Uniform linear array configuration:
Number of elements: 16
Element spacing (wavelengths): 1
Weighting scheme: cosine
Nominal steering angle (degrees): -60
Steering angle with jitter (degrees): -58.793
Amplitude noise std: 0.05
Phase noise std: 0.05

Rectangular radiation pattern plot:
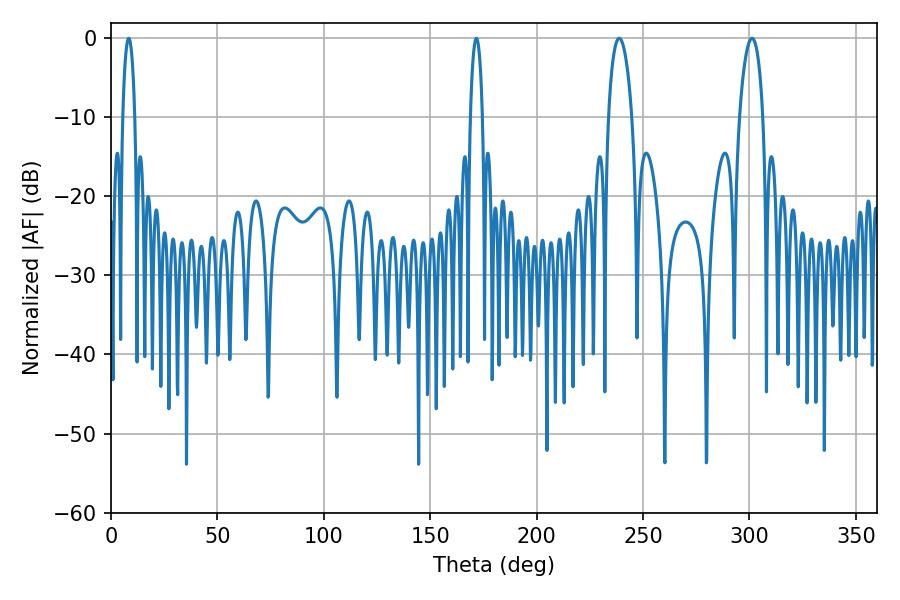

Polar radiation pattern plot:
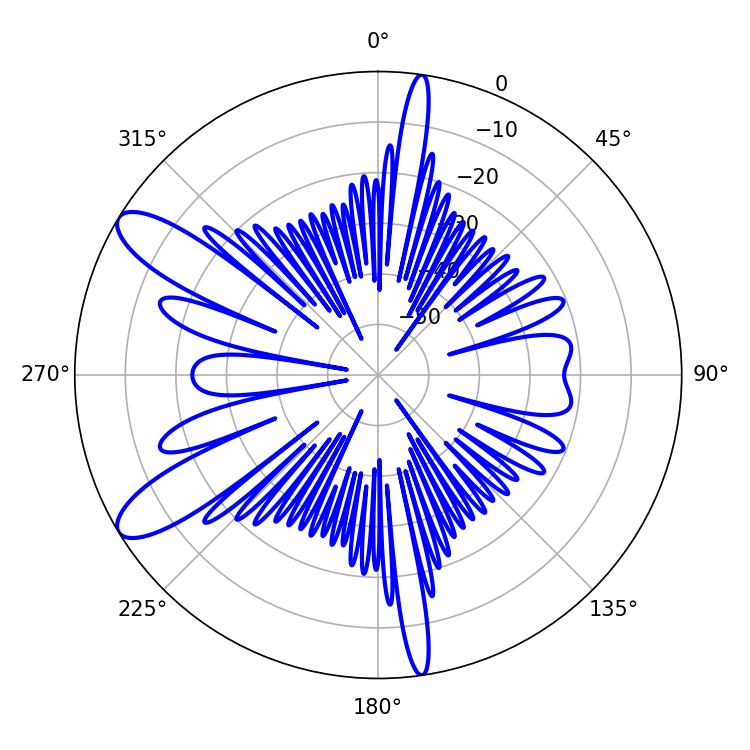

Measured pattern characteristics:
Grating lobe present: TRUE
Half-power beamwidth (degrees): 6.3
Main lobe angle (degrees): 238.86